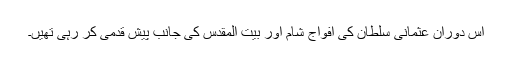
اس دوران عثمانی سلطان کی افواج شام اور بیت المقدس کی جانب پیش قدمی کر رہی تھیں۔